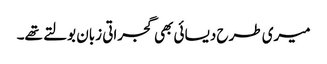
میری طرح دیسائی بھی گجراتی زبان بولتے تھے۔